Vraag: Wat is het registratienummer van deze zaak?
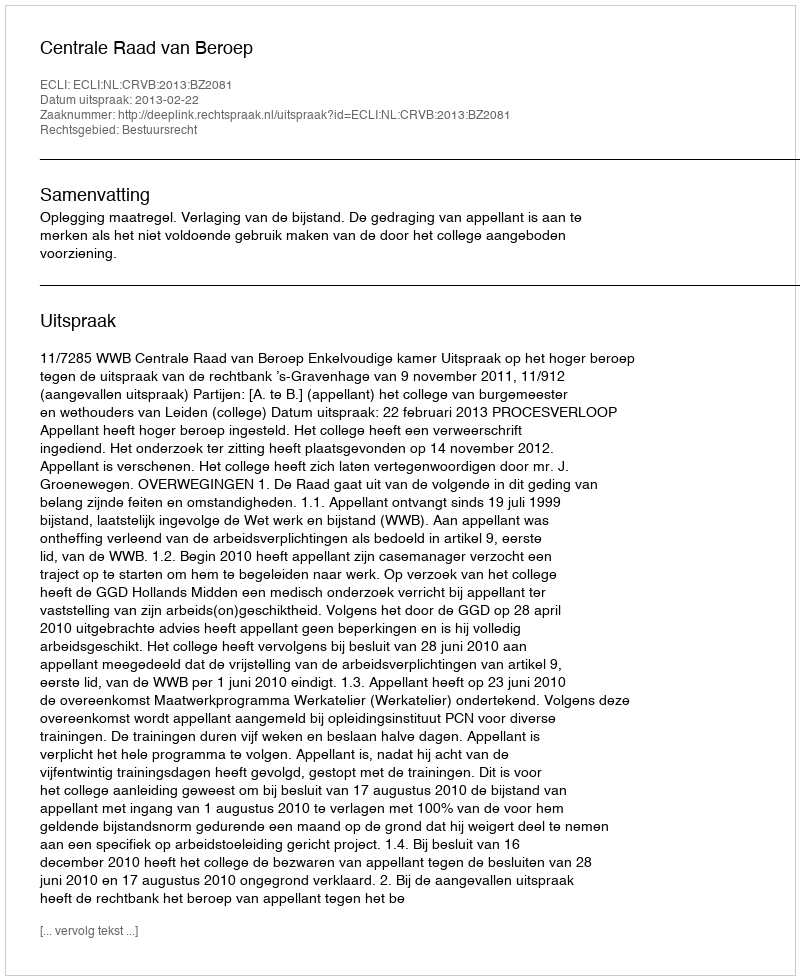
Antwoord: http://deeplink.rechtspraak.nl/uitspraak?id=ECLI:NL:CRVB:2013:BZ2081